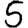
Digit: 5